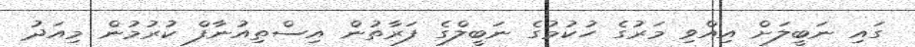
ގައި ނަބީލަށް އިއްވި މަރުގެ ހުކުމުގެ ނަބީލްގެ ފަރާތުން އިސްތިއުނާފް ކުރުމުން މިއަދު